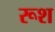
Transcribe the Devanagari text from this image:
रूश